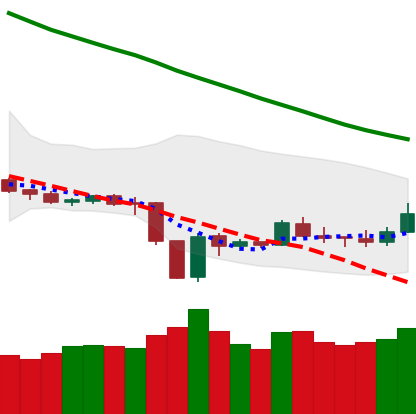
Ticker: LTC-USD
Chart end date: 2019-12-28
Forward return: -7.048%
Label: down_7plus